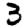
Digit: 3